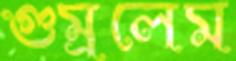
গুম্‌রলেম